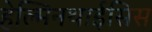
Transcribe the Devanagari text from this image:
हेल्मिनथाईसिस